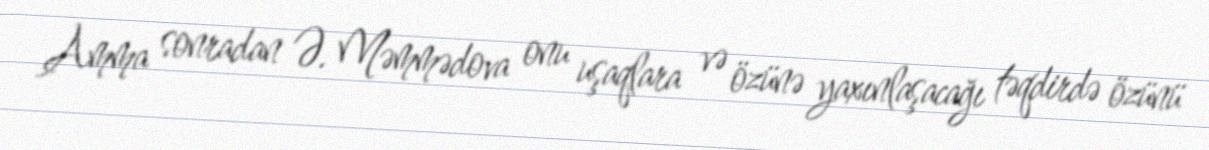
Amma sonradan Ə. Məmmədova onu uşaqlara və özünə yaxınlaşacağı təqdirdə özünü